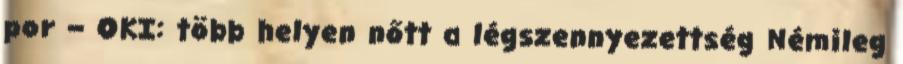
por – OKI: több helyen nőtt a légszennyezettség Némileg